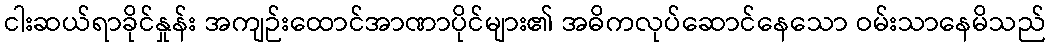
ငါးဆယ်ရာခိုင်နှုန်း အကျဉ်းထောင်အာဏာပိုင်များ၏ အဓိကလုပ်ဆောင်နေသော ဝမ်းသာနေမိသည်